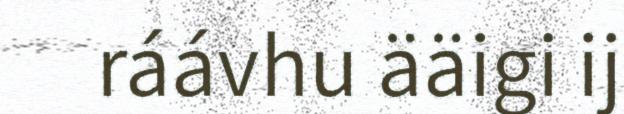
ráávhu ääigi ij